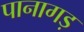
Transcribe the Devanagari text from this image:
पानागड़